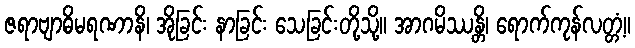
ဇရာဗျာဓိမရဏာနိ၊ အိုခြင်း နာခြင်း သေခြင်းတို့သို့။ အာဂမိဿန္တိ၊ ရောက်ကုန်လတ္တံ့။